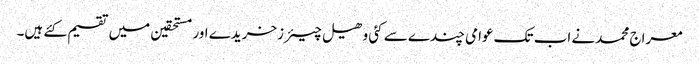
معراج محمدنے اب تک عوامی چندے سے کئی وھیل چیئرزخریدے اور مستحقین میں تقسیم کئے ہیں۔